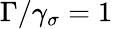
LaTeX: \Gamma/\gamma_{\sigma}=1